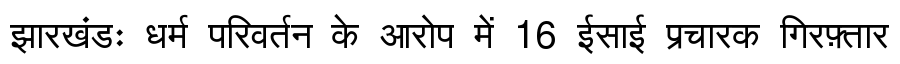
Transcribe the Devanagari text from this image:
झारखंडः धर्म परिवर्तन के आरोप में 16 ईसाई प्रचारक गिरफ़्तार